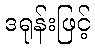
ဒရုန်းဖြင့်